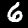
Digit: 6